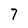
Character: 7